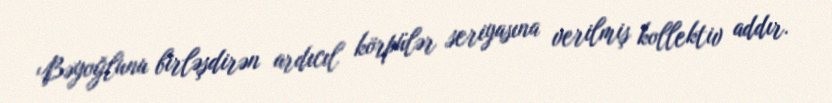
Bəyoğlunu birləşdirən ardıcıl körpülər seriyasına verilmiş kollektiv addır.